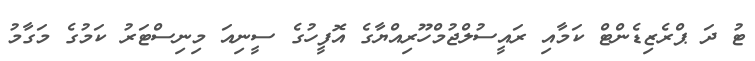
ޓު ދަ ޕްރެޒިޑެންޓް ކަމާއި ރައީސުލްޖުމްހޫރިއްޔާގެ އޮފީހުގެ ސީނިއަ މިނިސްޓަރު ކަމުގެ މަގާމު